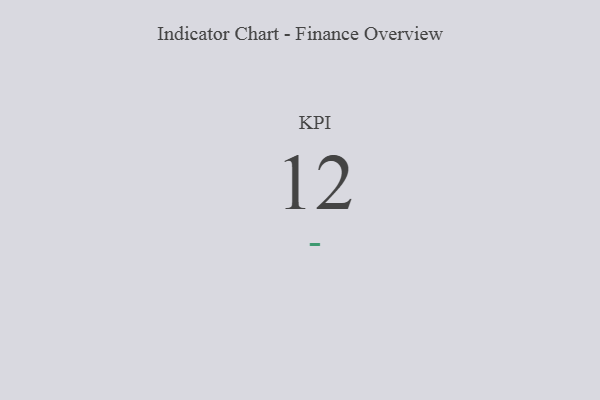
{"axis": {"x": "KPI", "y": "Value"}, "legend": [""], "data": [{"x": "KPI", "y": 12, "type": ""}]}